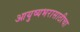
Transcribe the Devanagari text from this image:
आयुष्यभरासाठीचा